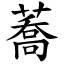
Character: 蕎